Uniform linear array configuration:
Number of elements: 32
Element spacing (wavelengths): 1
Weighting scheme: uniform
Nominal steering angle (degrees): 60
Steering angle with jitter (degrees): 60.684
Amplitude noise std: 0.05
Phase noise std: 0.05

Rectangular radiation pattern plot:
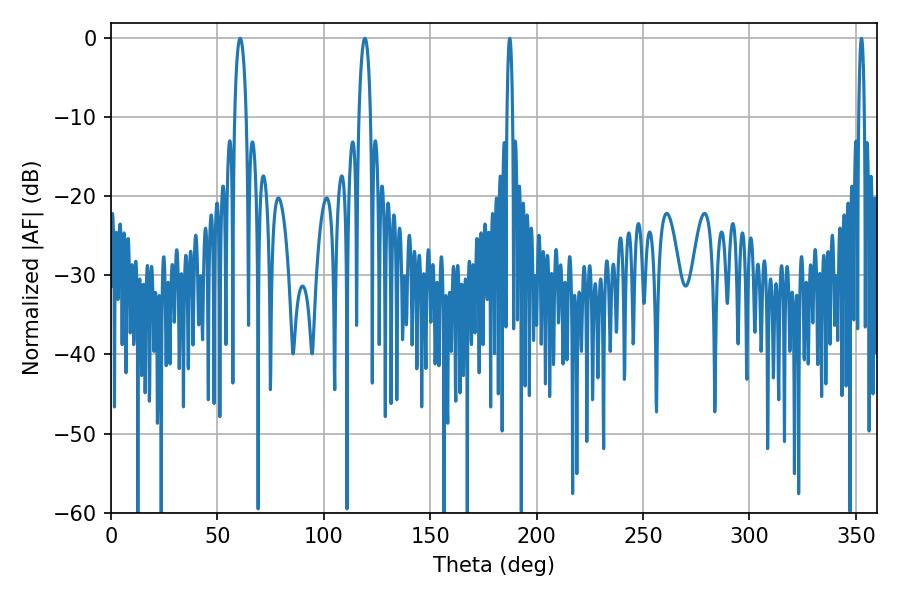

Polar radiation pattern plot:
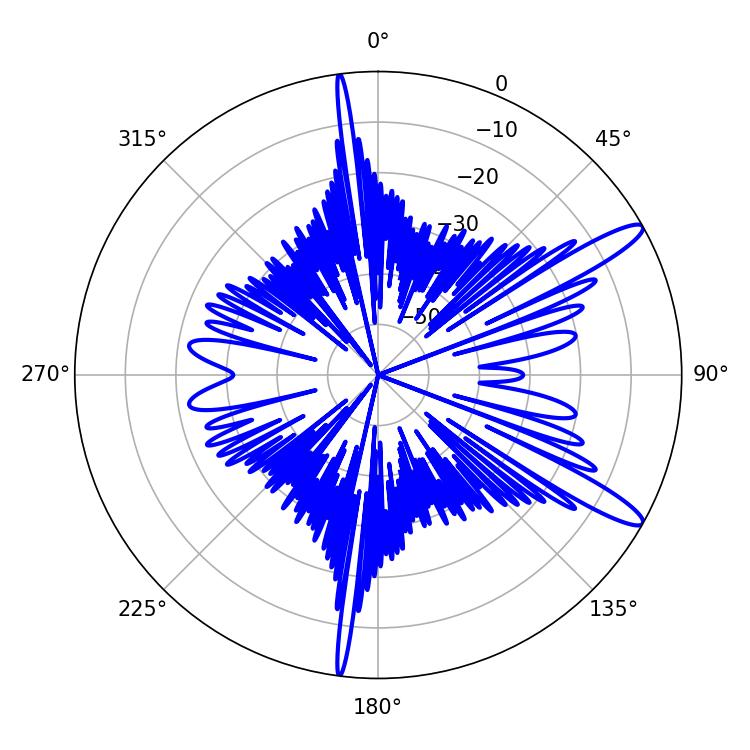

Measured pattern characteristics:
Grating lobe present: TRUE
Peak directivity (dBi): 12.992
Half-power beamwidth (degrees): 3.06
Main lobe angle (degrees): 60.66